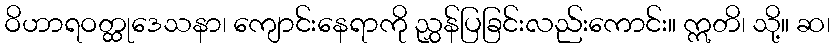
ဝိဟာရဝတ္ထုဒေသနာ၊ ကျောင်းနေရာကို ညွှန်ပြခြင်းလည်းကောင်း။ ဣတိ၊ သို့။ ဆ၊